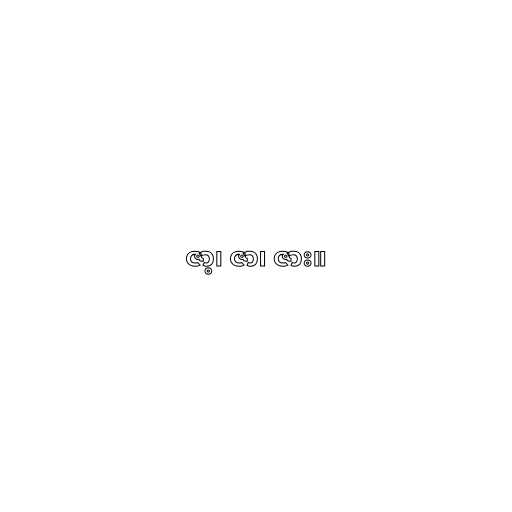
ဇာ့၊ ဇာ၊ ဇား။